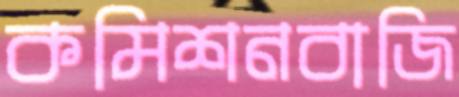
কমিশনবাজি